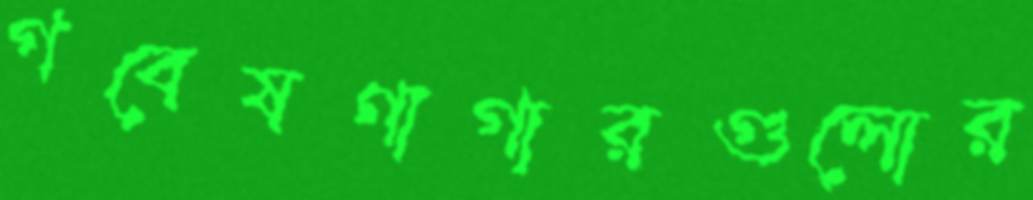
গবেষণাগারগুলোর